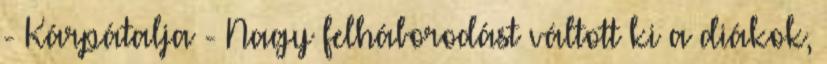
- Kárpátalja - Nagy felháborodást váltott ki a diákok,